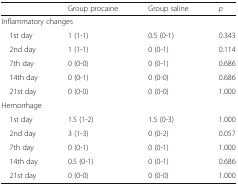
<table><thead><tr><td></td><td><b>Group procaine</b></td><td><b>Group saline</b></td><td><b><i>p</i></b></td></tr></thead><tbody><tr><td colspan="4">Inflammatory changes</td></tr><tr><td> 1st day</td><td>1 (1-1)</td><td>0.5 (0-1)</td><td>0.343</td></tr><tr><td> 2nd day</td><td>1 (1-1)</td><td>0 (0-1)</td><td>0.114</td></tr><tr><td> 7th day</td><td>0 (0-0)</td><td>0 (0-1)</td><td>0.686</td></tr><tr><td> 14th day</td><td>0 (0-1)</td><td>0 (0-0)</td><td>0.686</td></tr><tr><td> 21st day</td><td>0 (0-0)</td><td>0 (0-0)</td><td>1.000</td></tr><tr><td colspan="4">Hemorrhage</td></tr><tr><td> 1st day</td><td>1.5 (1-2)</td><td>1.5 (0-3)</td><td>1.000</td></tr><tr><td> 2nd day</td><td>3 (1-3)</td><td>0 (0-2)</td><td>0.057</td></tr><tr><td> 7th day</td><td>0 (0-1)</td><td>0 (0-1)</td><td>1.000</td></tr><tr><td> 14th day</td><td>0.5 (0-1)</td><td>0 (0-1)</td><td>0.686</td></tr><tr><td> 21st day</td><td>0 (0-0)</td><td>0 (0-0)</td><td>1.000</td></tr></tbody></table>